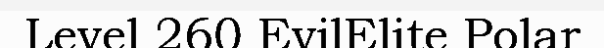
Level 260 EvilElite Polar